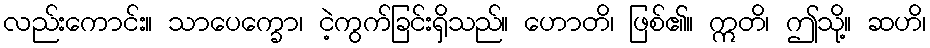
လည်းကောင်း။ သာပေက္ခော၊ ငဲ့ကွက်ခြင်းရှိသည်။ ဟောတိ၊ ဖြစ်၏။ ဣတိ၊ ဤသို့။ ဆဟိ၊